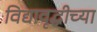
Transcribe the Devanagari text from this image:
विद्यावृद्धीच्या